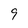
Character: 9